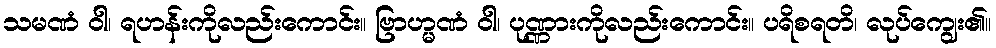
သမဏံ ဝါ၊ ရဟန်းကိုလည်းကောင်း။ ဗြာဟ္မဏံ ဝါ၊ ပုဏ္ဏားကိုလည်းကောင်း။ ပရိစရတိ၊ လုပ်ကျွေး၏။